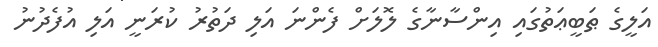
އަލީގެ ޠަބީޢަތުގައި އިންސާނާގެ ލޮލަށް ފެންނަ އަލި ދަތުރު ކުރަނީ އަލި އުފެދުނު